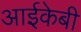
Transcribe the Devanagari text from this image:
आईकेबी